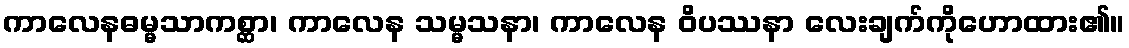
ကာလေနဓမ္မသာကစ္ဆာ၊ ကာလေန သမ္မသနာ၊ ကာလေန ဝိပဿနာ လေးချက်ကိုဟောထား၏။